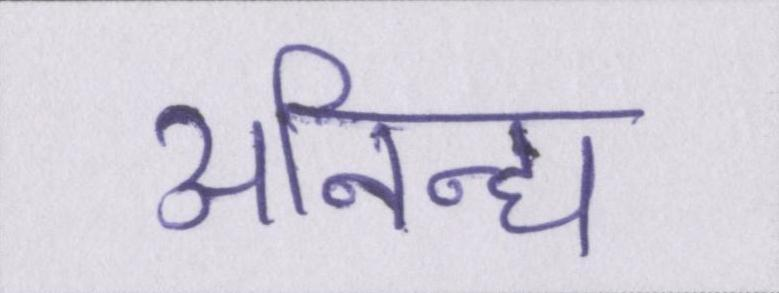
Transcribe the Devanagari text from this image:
अनिन्द्य